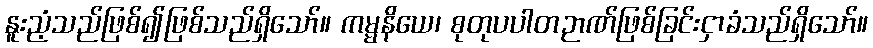
နူးညံ့သည်ဖြစ်၍ဖြစ်သည်ရှိသော်။ ကမ္မနိယေ၊ စုတုပပါတဉာဏ်ဖြစ်ခြင်းငှာခံသည်ရှိသော်။